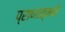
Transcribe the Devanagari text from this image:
प्राणात्मने